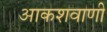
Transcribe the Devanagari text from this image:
आकशवाणी